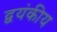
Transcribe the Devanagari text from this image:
द्वयंकीय